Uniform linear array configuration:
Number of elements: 16
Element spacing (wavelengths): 1
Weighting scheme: hann
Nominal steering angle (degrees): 60
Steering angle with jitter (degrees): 59.472
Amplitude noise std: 0.05
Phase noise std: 0.05

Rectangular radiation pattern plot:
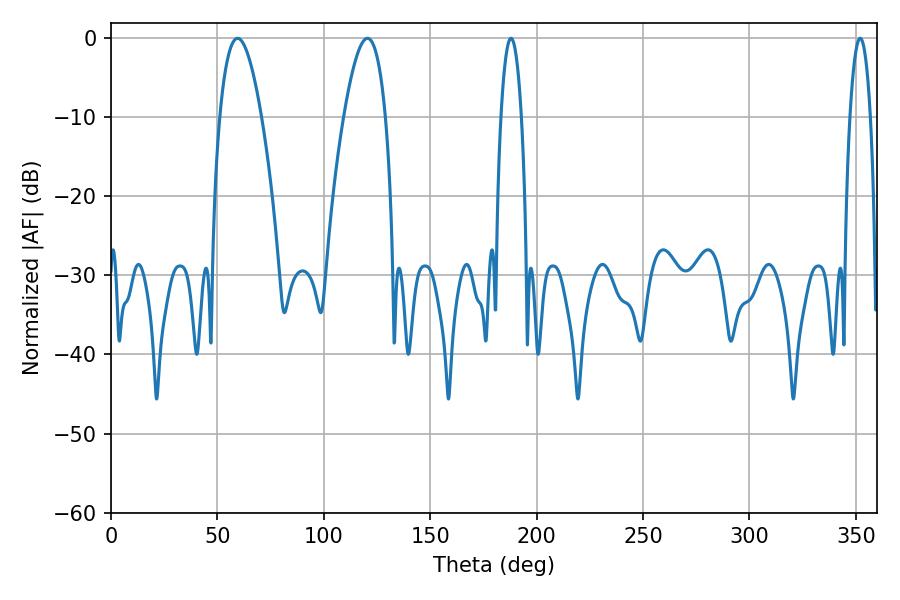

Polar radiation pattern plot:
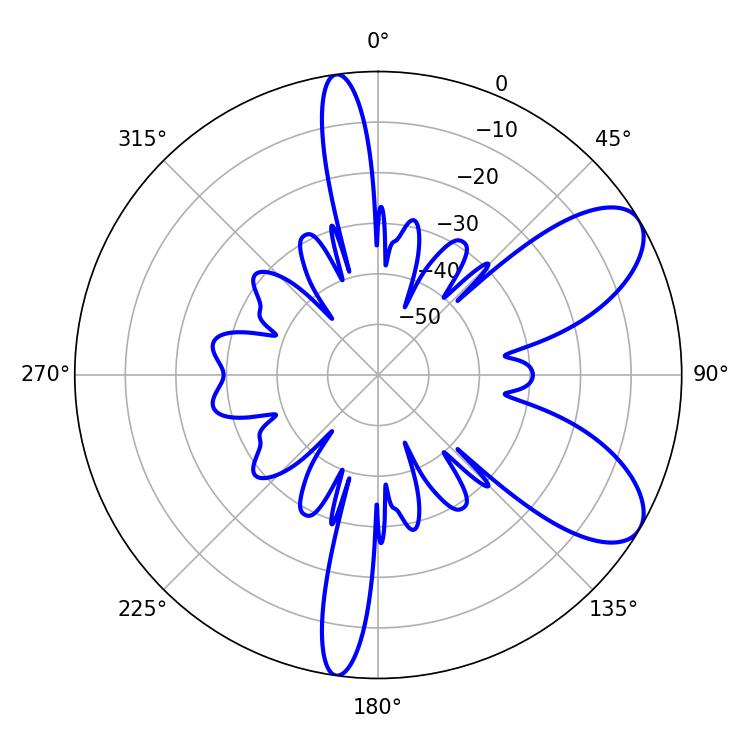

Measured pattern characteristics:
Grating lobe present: TRUE
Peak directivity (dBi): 7.952
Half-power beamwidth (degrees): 5.4
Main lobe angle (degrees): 187.92